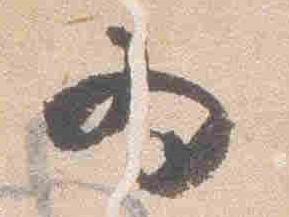
為